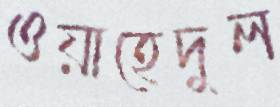
ওয়াহেদুল